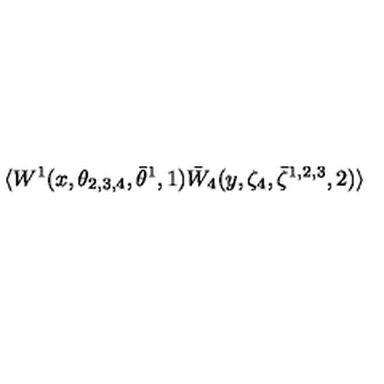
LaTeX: \langle W ^ { 1 } ( x , \theta _ { 2 , 3 , 4 } , \bar { \theta } ^ { 1 } , 1 ) \bar { W } _ { 4 } ( y , \zeta _ { 4 } , \bar { \zeta } ^ { 1 , 2 , 3 } , 2 ) \rangle